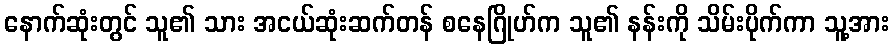
နောက်ဆုံးတွင် သူ၏ သား အငယ်ဆုံးဆက်တန် စနေဂြိုဟ်က သူ၏ နန်းကို သိမ်းပိုက်ကာ သူ့အား